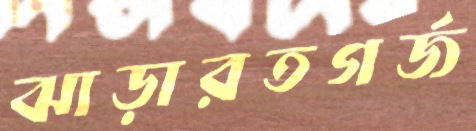
ঝাড়ারতগর্জ